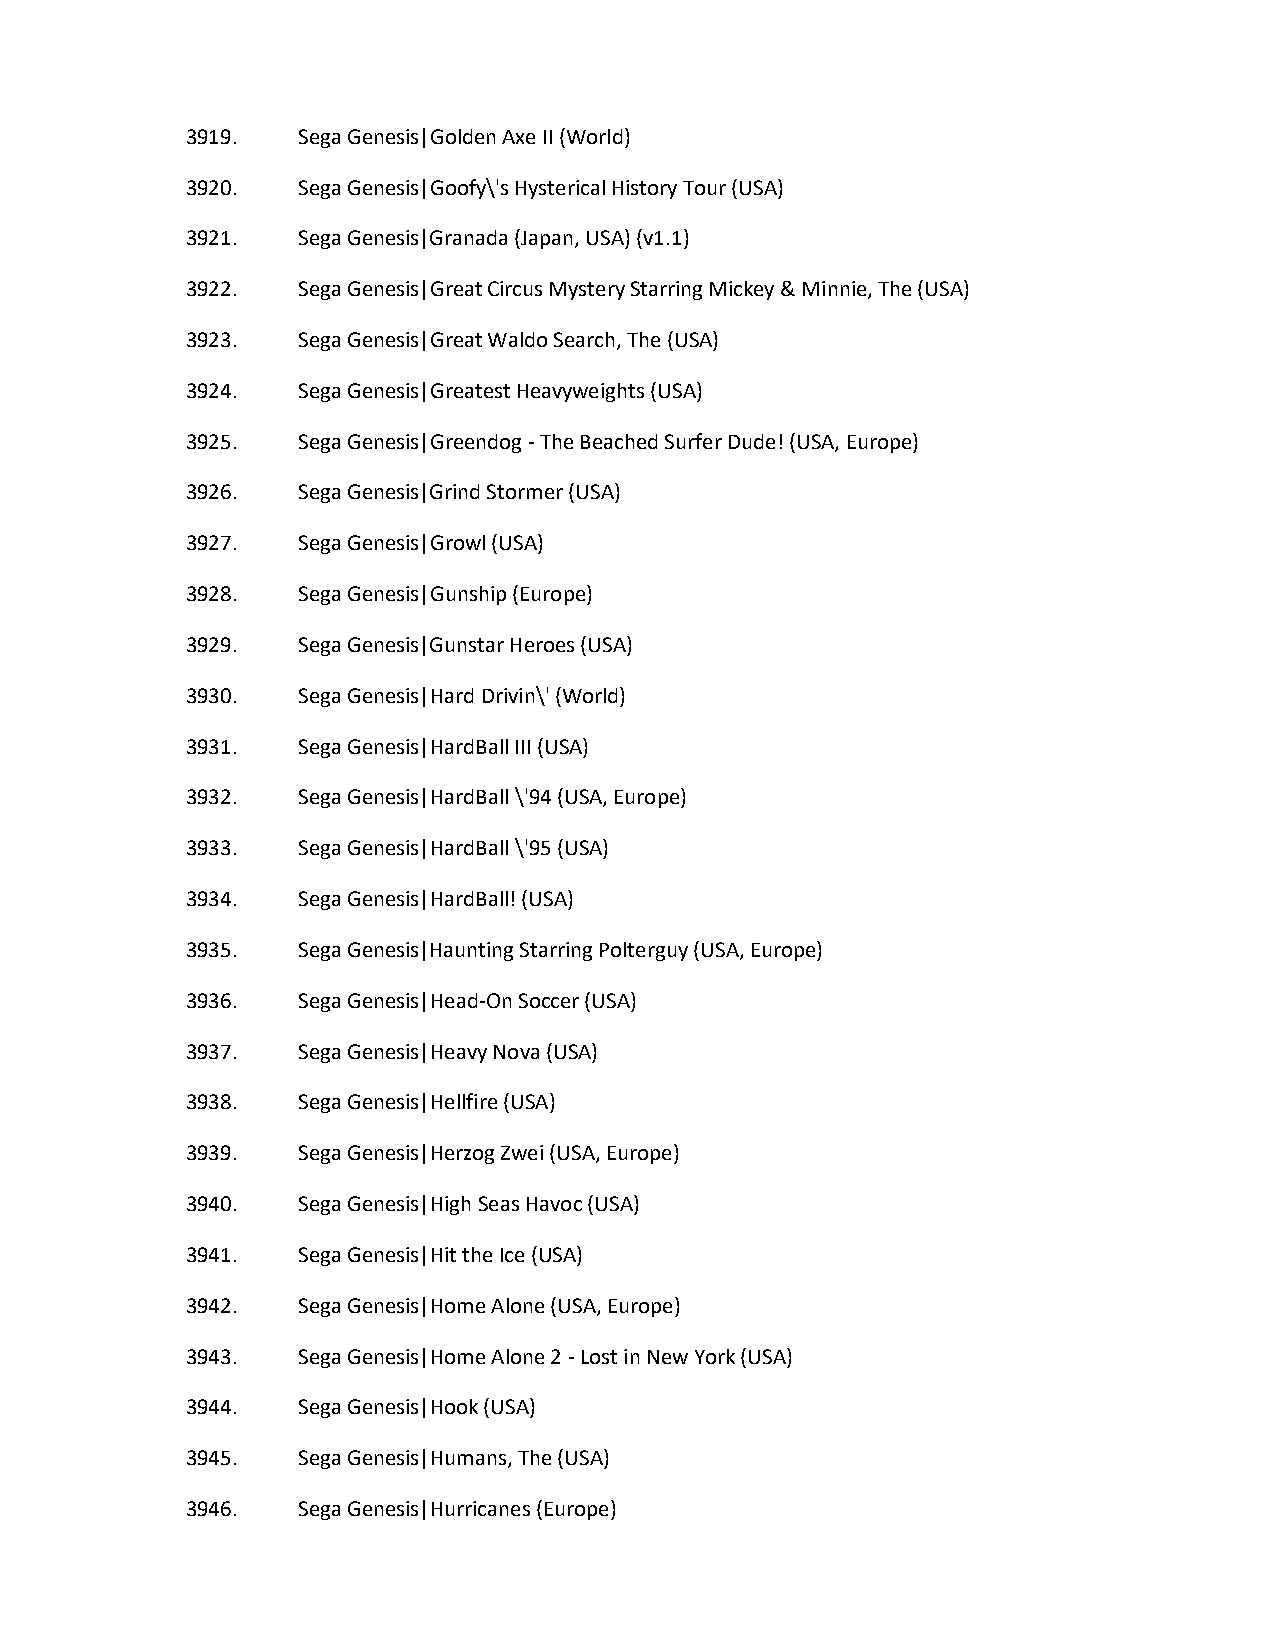
3919.   Sega Genesis|Golden Axe II (World)
 3920.   Sega Genesis|Goofy\'s Hysterical History Tour (USA)
 3921.   Sega Genesis|Granada (Japan, USA) (v1.1)
 3922.   Sega Genesis|Great Circus Mystery Starring Mickey & Minnie, The (USA)
 3923.   Sega Genesis|Great Waldo Search, The (USA)
 3924.   Sega Genesis|Greatest Heavyweights (USA)
 3925.   Sega Genesis|Greendog - The Beached Surfer Dude! (USA, Europe)
 3926.   Sega Genesis|Grind Stormer (USA)
 3927.   Sega Genesis|Growl (USA)
 3928.   Sega Genesis|Gunship (Europe)
 3929.   Sega Genesis|Gunstar Heroes (USA)
 3930.   Sega Genesis|Hard Drivin\' (World)
 3931.   Sega Genesis|HardBall III (USA)
 3932.   Sega Genesis|HardBall \'94 (USA, Europe)
 3933.   Sega Genesis|HardBall \'95 (USA)
 3934.   Sega Genesis|HardBall! (USA)
 3935.   Sega Genesis|Haunting Starring Polterguy (USA, Europe)
 3936.   Sega Genesis|Head-On Soccer (USA)
 3937.   Sega Genesis|Heavy Nova (USA)
 3938.   Sega Genesis|Hellfire (USA)
 3939.   Sega Genesis|Herzog Zwei (USA, Europe)
 3940.   Sega Genesis|High Seas Havoc (USA)
 3941.   Sega Genesis|Hit the Ice (USA)
 3942.   Sega Genesis|Home Alone (USA, Europe)
 3943.   Sega Genesis|Home Alone 2 - Lost in New York (USA)
 3944.   Sega Genesis|Hook (USA)
 3945.   Sega Genesis|Humans, The (USA)
 3946.   Sega Genesis|Hurricanes (Europe)